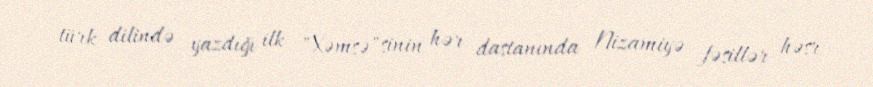
türk dilində yazdığı ilk "Xəmsə"sinin hər dastanında Nizamiyə fəsillər həsr